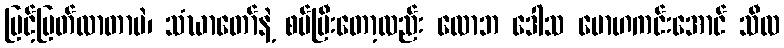
မြင့်မြတ်လာတာပဲ၊ သံဃာတော်နဲ့ စပ်ပြီးတော့လည်း လောဘ ဒေါသ မောဟကင်းအောင် သီလ